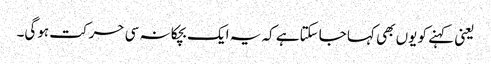
یعنی کہنے کو یوں بھی کہا جاسکتاہے کہ یہ ایک بچکانہ سی حرکت ہوگی۔